Report of the Municipal Commissioner on the plague in Bombay for the year ending 31st May... - Volume 1
Disease focus: Plague
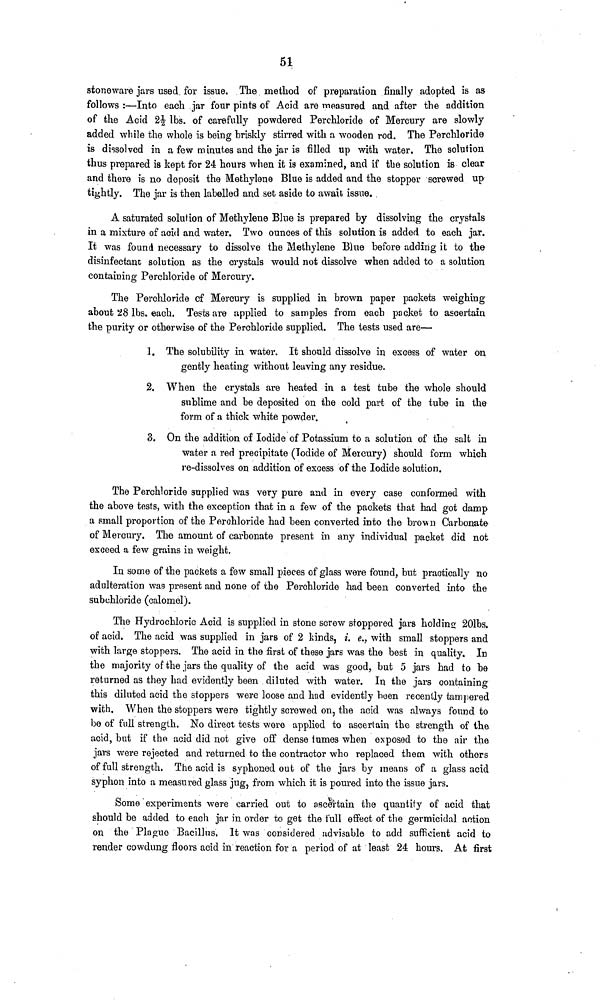
51
stoneware jars used for issue. The method of preparation finally adopted is as
follows :—Into each jar four pints of Acid are measured and after the addition
of the Acid 21/2 Ibs. of carefully powdered Perchloride of Mercury are slowly
added while the whole is being briskly stirred with a wooden rod. The Perchloride
is dissolved in a few minutes and the jar is filled up with water. The solution
thus prepared is kept for 24 hours when it is examined, and if tbe solution is clear
and there is no deposit the Méthylène Blue is added and the stopper screwed up
tightly. The jar is then labelled and set aside to await issue.
A saturated solution of Méthylène Blue is prepared by dissolving the crystals
in a mixture of acid and water. Two ounces of this solution is added to each jar.
It was found necessary to dissolve the Méthylène Blue before adding it to the
disinfectant solution as the crystals would not dissolve when added to a solution
containing Perchloride of Mercury.
The Perchloride cf Mercury is supplied in brown paper packets weighing
about "28 Ibs. each. Tests are applied to samples from each packet to ascertain
the purity or otherwise of the Perchloride supplied. The tests used are—
1. The solubility in water. It should dissolve in excess of water on
gently heating without leaving any residue.
2. When the crystals are heated in a test tube the whole should
sublime and be deposited on the cold part of the tube in the
form of a thick white powder.
3. On the addition of Iodide of Potassium to a solution of the salt in
water a red precipitate (Iodide of Mercury) should form which
re-dissolves on addition of excess of the Iodide solution.
The Perchloride supplied was very pure and in every case conformed with
the above tests, with the exception that in a few of the packets that had got damp
a small proportion of the Perchloride had been converted into the brown Carbonate
of Mercury. The amount of carbonate present in any individual packet did not
exceed a few grains in weight.
In some of the packets a few small pieces of glass were found, but practically no
adulteration was present and none of the Perchloride had been converted into the
subchloride (calomel).
The Hydrochloric Acid is supplied in stone screw stoppered jars holding 201bs.
of acid. The acid was supplied in jars of 2 kinds, i. e., with small stoppers and
with large stoppers. The acid in the first of these jars was the best in quality. In
the majority of the jars the quality of the acid was good, but 5 jars had to be
returned as they had evidently been diluted with water. In the jars containing
this diluted acid the stoppers were loose and had evidently been recently tampered
with. When the stoppers were tightly screwed on, the acid was always found to
be of full strength. No direct tests were applied to ascertain the strength of the
acid, but if the acid did not give off dense turnes when exposed to the air the
jars were rejected and returned to the contractor who replaced them with others
of full strength. The acid is syphoned out of the jars by means of a glass acid
syphon into a measured glass jug, from which it is poured into the issue jars.
Some experiments were carried out to ascertain the quantity of acid that
should be added to each jar in order to get the full effect of the germicidal action
on the Plague Bacillus. It was considered advisable to add sufficient acid to
render cowdung floors acid in reaction for a period of at least 24 hours. At first